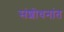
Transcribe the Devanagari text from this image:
संशोधनांत